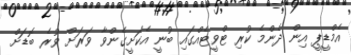
އެމްޑީޕީ އިން ދެންމެ ކުރި ޓްވީޓެއްގައި ބުނީ އެކަށީގެންވާ ވަރަށް ވުރެ ބޮޑަށް